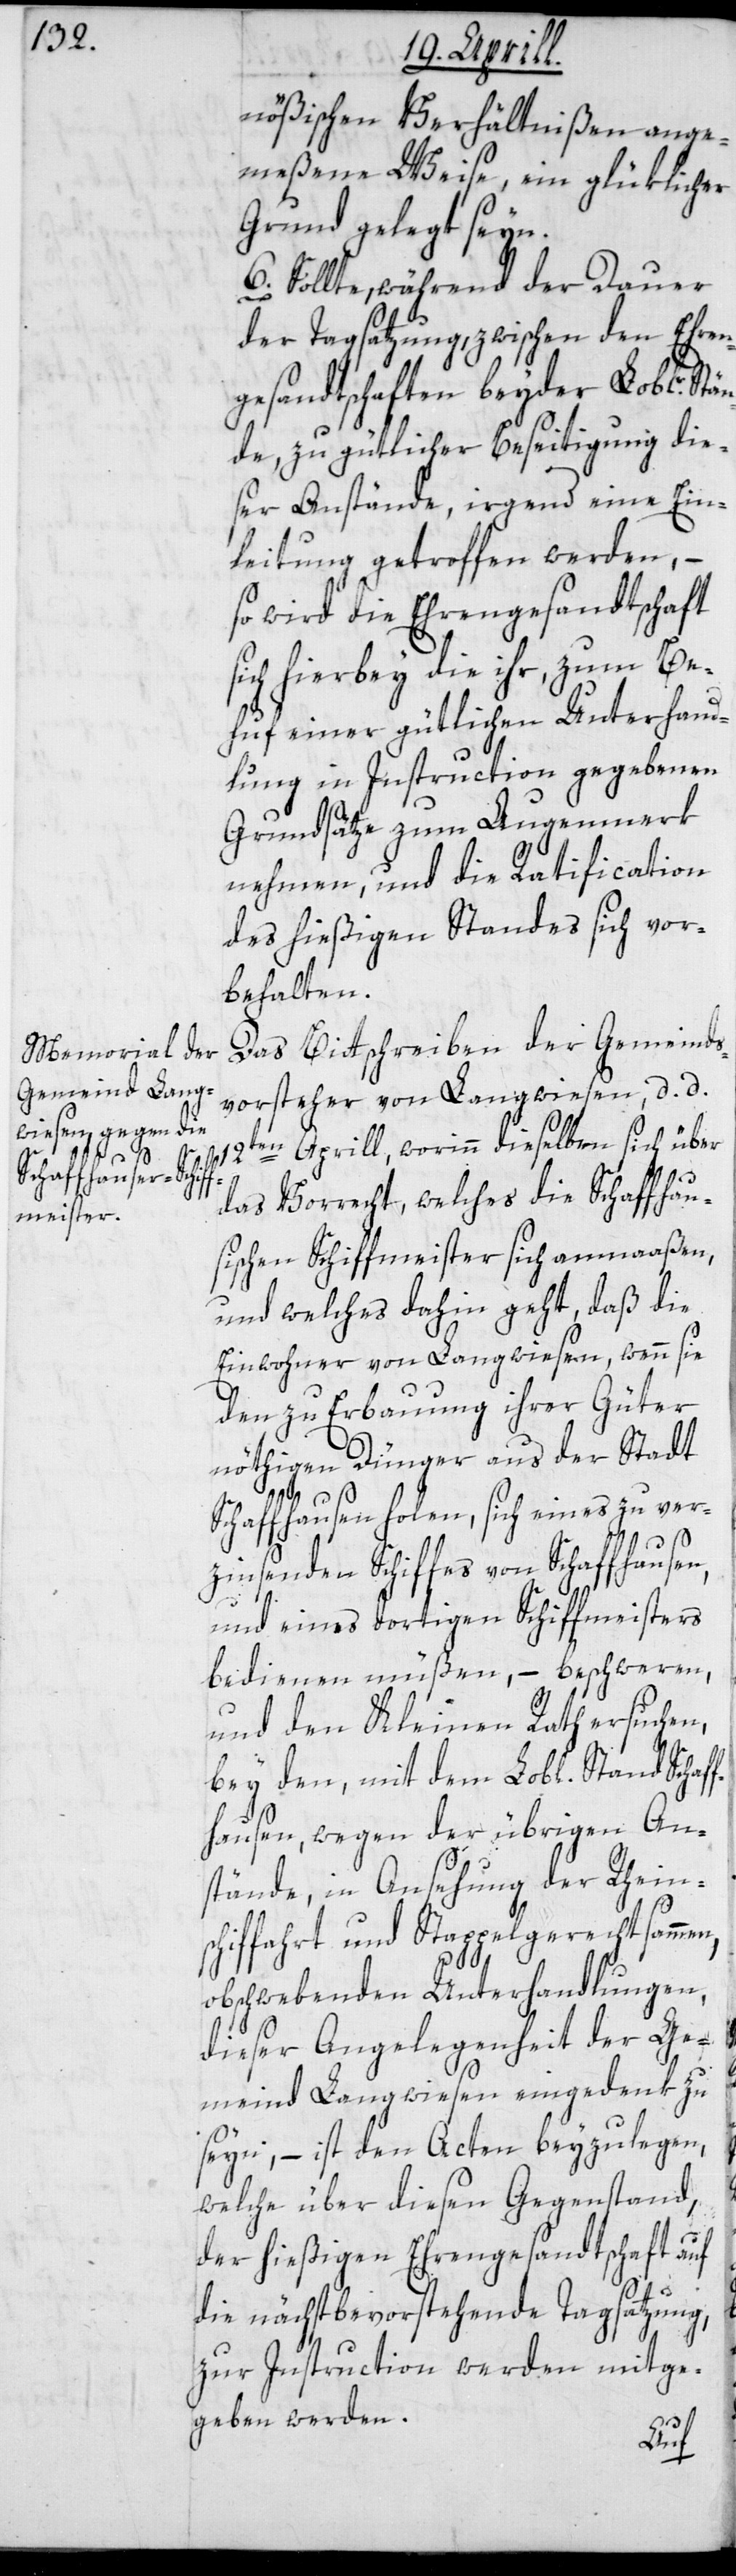
nößischen Verhältnißen ange¬
meßene Weise, ein glüklicher
Grund gelegt sein.
6. Sollte, während der Dauer
der Tagsatzung, zwischen den Ehren¬
gesandtschaften beyder Loblr. Stä¬
nde, zu gütlicher Beseitigung die¬
ser Anstände, irgend eine Ein¬
leitung getroffen werden, –
so wird die Ehrengesandtschaft
sich hierbey die ihr, zum Be¬
huf einer gütlichen Unterhand¬
lung in Instruction gegebenen
Grundsätze zum Augenmerk
nehmen, und die Ratification
des hießigen Standes sich vor¬
behalten.
Das Bittschreiben der Gemeinds¬
vorsteher von Langwiesen, d. d.
12ten Aprill, worinn dieselben sich über
das Vorrecht, welches die Schaffhau¬
sischen Schiffmeister sich anmaaßen,
und welches dahin geht, daß die
Einwohner von Langwiesen, wenn sie
den zu Erbauung ihrer Güter
nöthigen Dünger aus der Stadt
Schaffhausen holen, sich eines zu ver¬
zinsenden Schiffes von Schaffhausen,
und eines dortigen Schiffmeisters
bedienen müßen, – beschweren,
und den Kleinen Rath ersuchen,
bey den mit dem Lobl. Stand Schaff¬
hausen, wegen der übrigen An¬
stände, in Ansehung der Rhein¬
schiffahrt- und Stappelgerechtsammen,
obschwebenden Unterhandlungen,
dieser Angelegenheit der Ge¬
meind Langwiesen eingedenk zu
seyn, – ist den Acten beyzulegen,
welche über diesen Gegenstand
der hießigen Ehrengesandtschaft auf
die nächstbevorstehende Tagsatzung,
zur Instruction werden mitge¬
geben werden.